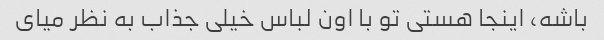
باشه، اینجا هستی تو با اون لباس خیلی جذاب به نظر میای